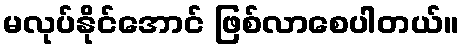
မလုပ်နိုင်အောင် ဖြစ်လာစေပါတယ်။